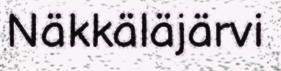
Näkkäläjärvi